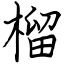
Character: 榴